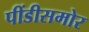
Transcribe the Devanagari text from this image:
पींडीसमोर